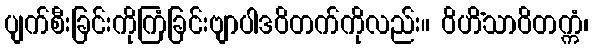
ပျက်စီးခြင်းကိုကြံခြင်းဗျာပါဒဝိတက်ကိုလည်း။ ဝိဟိံသာဝိတက္ကံ၊